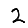
Digit: 2